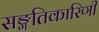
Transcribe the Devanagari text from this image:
सङ्गतिकारिणी